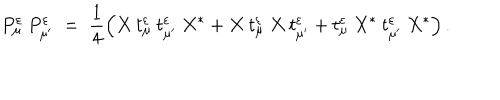
P _ { \mu } ^ { \varepsilon } \: P _ { \mu ^ { \prime } } ^ { \varepsilon } \; = \; \frac { 1 } { 4 } \left( X \: t _ { \mu } ^ { \varepsilon } \: t _ { \mu ^ { \prime } } ^ { \varepsilon } \: X ^ { * } + X \: t _ { \mu } ^ { \varepsilon } \: X \: t _ { \mu ^ { \prime } } ^ { \varepsilon } + t _ { \mu } ^ { \varepsilon } \: X ^ { * } \: t _ { \mu ^ { \prime } } ^ { \varepsilon } \: X ^ { * } \right) .